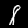
Label: 8